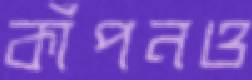
কাঁপনও